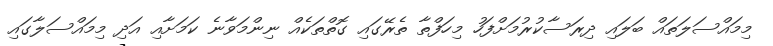
މިމައްސަލަތައް ބަލައި ދިރަސާކުރުމަށްފަހު މިހަފްތާ ތެރޭގައި ގޮތްތަކެއް ނިންމަވާނެ ކަމަށާއި އަދި މިމައްސަލާގައި